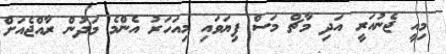
މިއީ ޖެނުއަރީ އަދި މާޗް މަސް ފިޔަވައި މިއަހަރު އެންމެ މަދުން ރާއްޖެއަށް